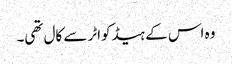
وہ اس کے ہیڈکواٹر سے کال تھی۔